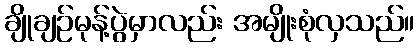
ချိုချဉ်မုန့်ပွဲမှာလည်း အမျိုးစုံလှသည်။